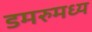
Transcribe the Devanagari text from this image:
डमरुमध्य